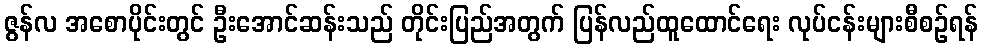
ဇွန်လ အစောပိုင်းတွင် ဦးအောင်ဆန်းသည် တိုင်းပြည်အတွက် ပြန်လည်ထူထောင်ရေး လုပ်ငန်းများစီစဉ်ရန်